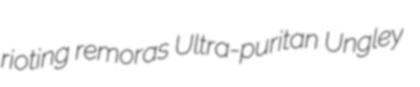
rioting remoras Ultra-puritan Ungley